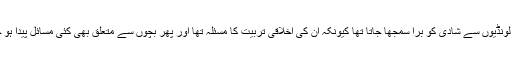
عربوں میں لونڈیوں سے شادی کو برا سمجھا جاتا تھا کیونکہ ان کی اخلاقی تربیت کا مسئلہ تھا اور پھر بچوں سے متعلق بھی کئی مسائل پیدا ہو جاتے تھے۔